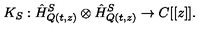
K _ { S } : \hat { H } _ { Q ( t , z ) } ^ { S } \otimes \hat { H } _ { Q ( t , z ) } ^ { S } \rightarrow C [ [ z ] ] .